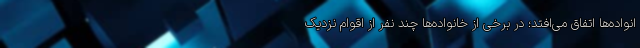
انواده‌ها اتفاق می‌افتد؛ در برخی از خانواده‌ها چند نفر از اقوام نزدیک